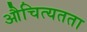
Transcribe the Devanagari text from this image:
औचित्यतता